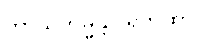
ကာယကမ္မန္တဝါရကထာ